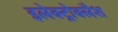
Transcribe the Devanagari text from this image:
इलेक्ट्रोक्लैश